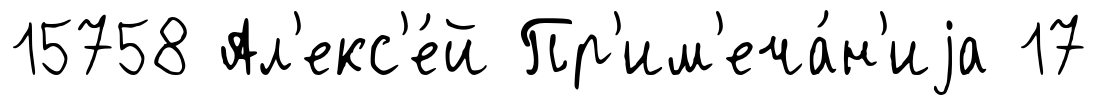
15758 Ал'екс'е́й Пр'им'еча́н'иjа 17